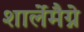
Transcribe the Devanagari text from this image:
शार्लेमैग्ने